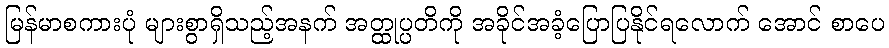
မြန်မာစကားပုံ များစွာရှိသည့်အနက် အတ္ထုပ္ပတိကို အခိုင်အခံ့ပြောပြနိုင်ရလောက် အောင် စာပေ